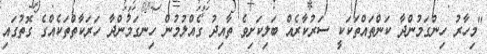
"މިހާރު ހިންގަމުންދާ ކަންތައްތަކަކީ ސަރުކާރެއް ބަލިކަށިވެ ތާއިދު ގެއްލުމުން ހިނގަމުންދާ ހަރަކާތްތަކެއްގެ ގޮތުގައި